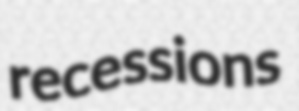
recessions